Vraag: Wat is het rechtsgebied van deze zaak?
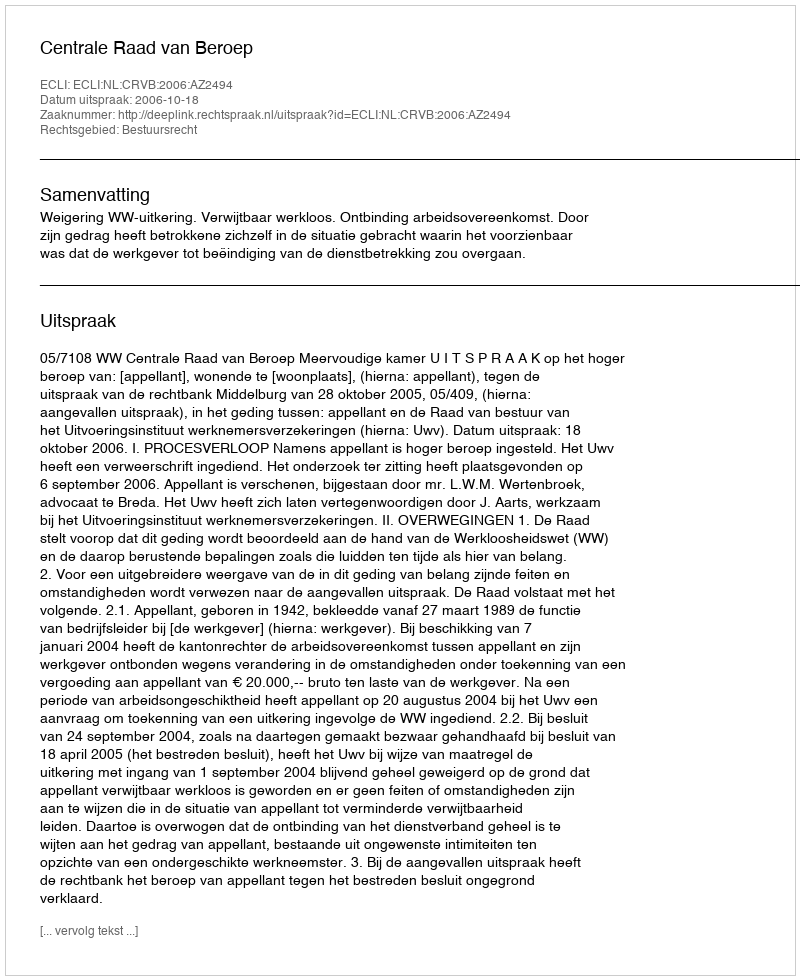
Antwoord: Bestuursrecht